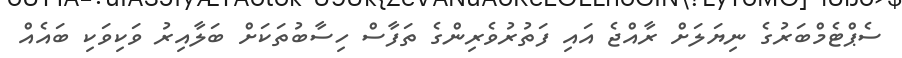
ސެޕްޓެމްބަރުގެ ނިޔަލަށް ރާއްޖެ އައި ފަތުރުވެރިންގެ ތަފާސް ހިސާބުތަކަށް ބަލާއިރު ވަކިވަކި ބައެއް